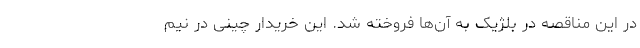
در این مناقصه در بلژیک به آن‌ها فروخته شد. این خریدار چینی در نیم